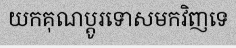
យកគុណប្តូរទោសមកវិញទេ